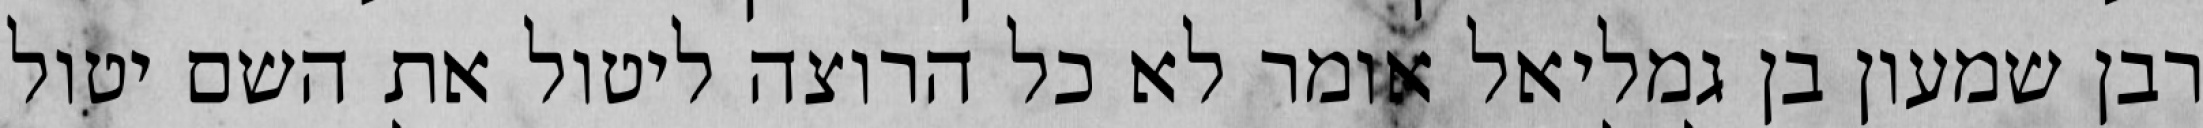
רבן שמעון בן גמליאל אומר לא כל הרוצה ליטול את השם יטול